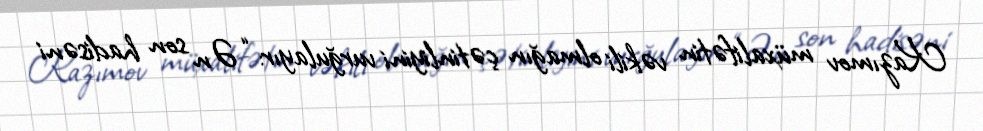
Kazımov müxalifətin vəkili olmağın çətinliyini vurğulayır: “Ən son hadisəni